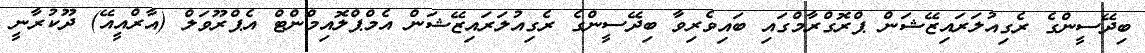
ބިދޭސީންގެ ރެގިއުލަރައިޒޭޝަން ޕްރޮގްރާމްގައި ބައިވެރިވާ ބިދޭސީންގެ ރެގިއުލަރައިޒޭޝަން އެމްޕްލޮއިމްންޓް އެޕްރޫވަލް (އާރްއީއޭ) ދޫކުރާނީ